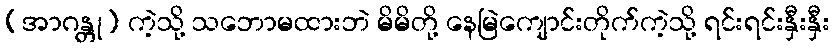
(အာဂန္တု) ကဲ့သို့ သဘောမထားဘဲ မိမိတို့ နေမြဲကျောင်းတိုက်ကဲ့သို့ ရင်းရင်းနှီးနှီး